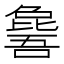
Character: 𣬕